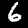
Label: 6